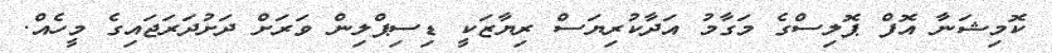
ކޮމިޝަނާ އޮފް ޕޮލިސްގެ މަގާމު އަދާކުރިޔަސް ރިޔާޒަކީ ޑިސިޕްލިން ވަރަށް ދަށުދަރަޖައިގެ މީހެއް.